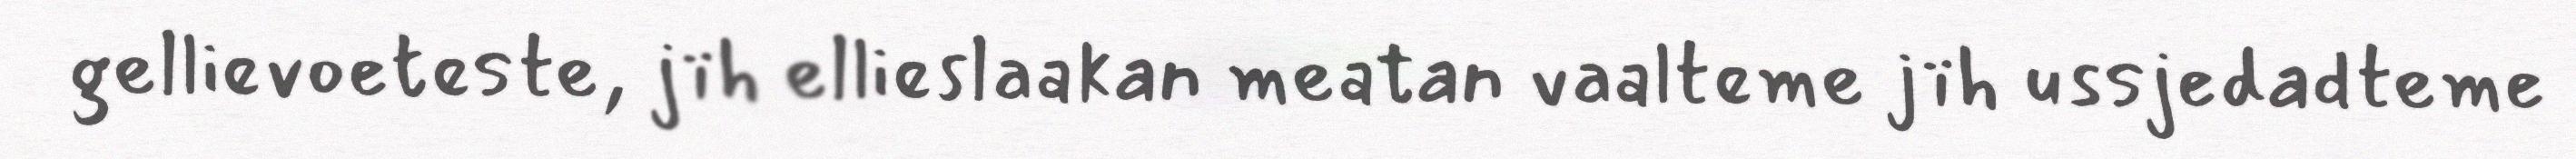
gellievoeteste, jïh ellieslaakan meatan vaalteme jïh ussjedadteme